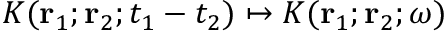
K ( { \bf r } _ { 1 } ; { \bf r } _ { 2 } ; t _ { 1 } - t _ { 2 } ) \mapsto K ( { \bf r } _ { 1 } ; { \bf r } _ { 2 } ; \omega )